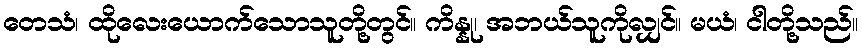
တေသံ၊ ထိုလေးယောက်သောသူတို့တွင်။ ကိန္နု၊ အဘယ်သူကိုလျှင်။ မယံ၊ ငါတို့သည်။